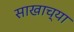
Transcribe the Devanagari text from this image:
साखाच्या